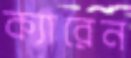
ক্যারেন